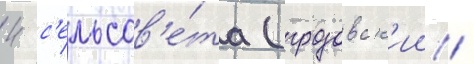
4 с'ельсов'е́та (грозовск'ии /